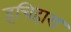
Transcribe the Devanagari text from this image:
इचिहारा